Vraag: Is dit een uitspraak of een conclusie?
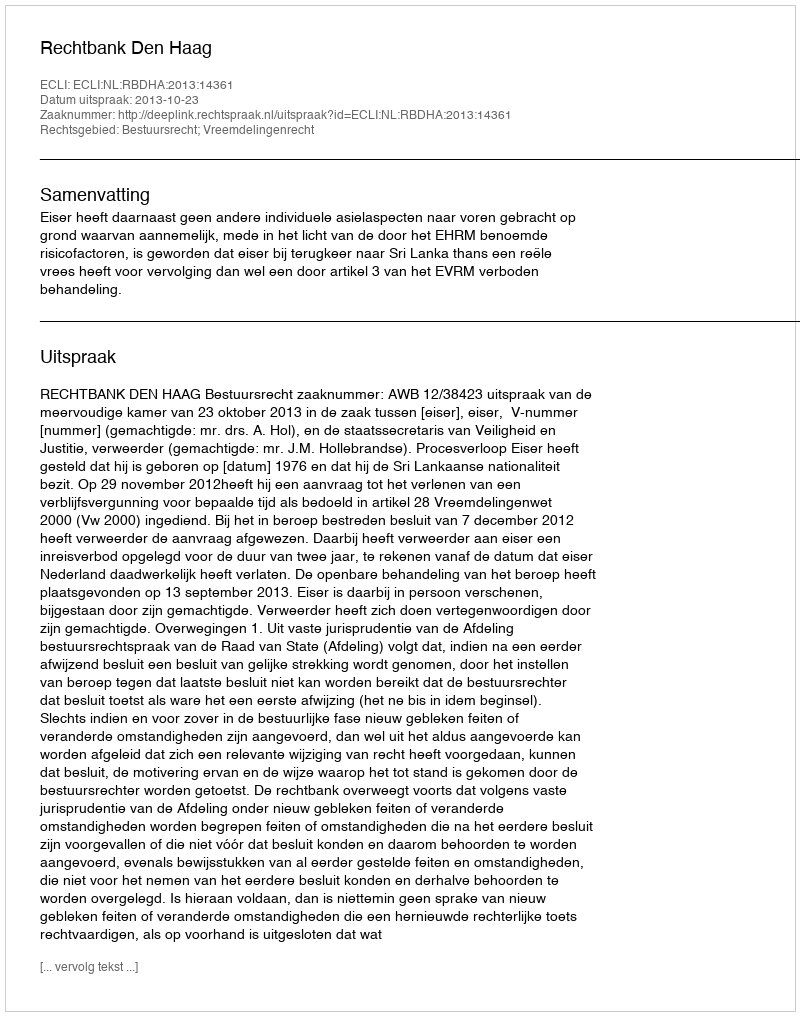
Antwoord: Uitspraak